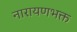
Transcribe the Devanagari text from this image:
नारायणभक्त